Bréfritari: Sigríður Pálsdóttir
Viðtakandi: Páll Pálsson
Dagsetning: A-1840-02-25
Skrifað á: Reykholti  Borg.
Páll var bróðir Sigríðar

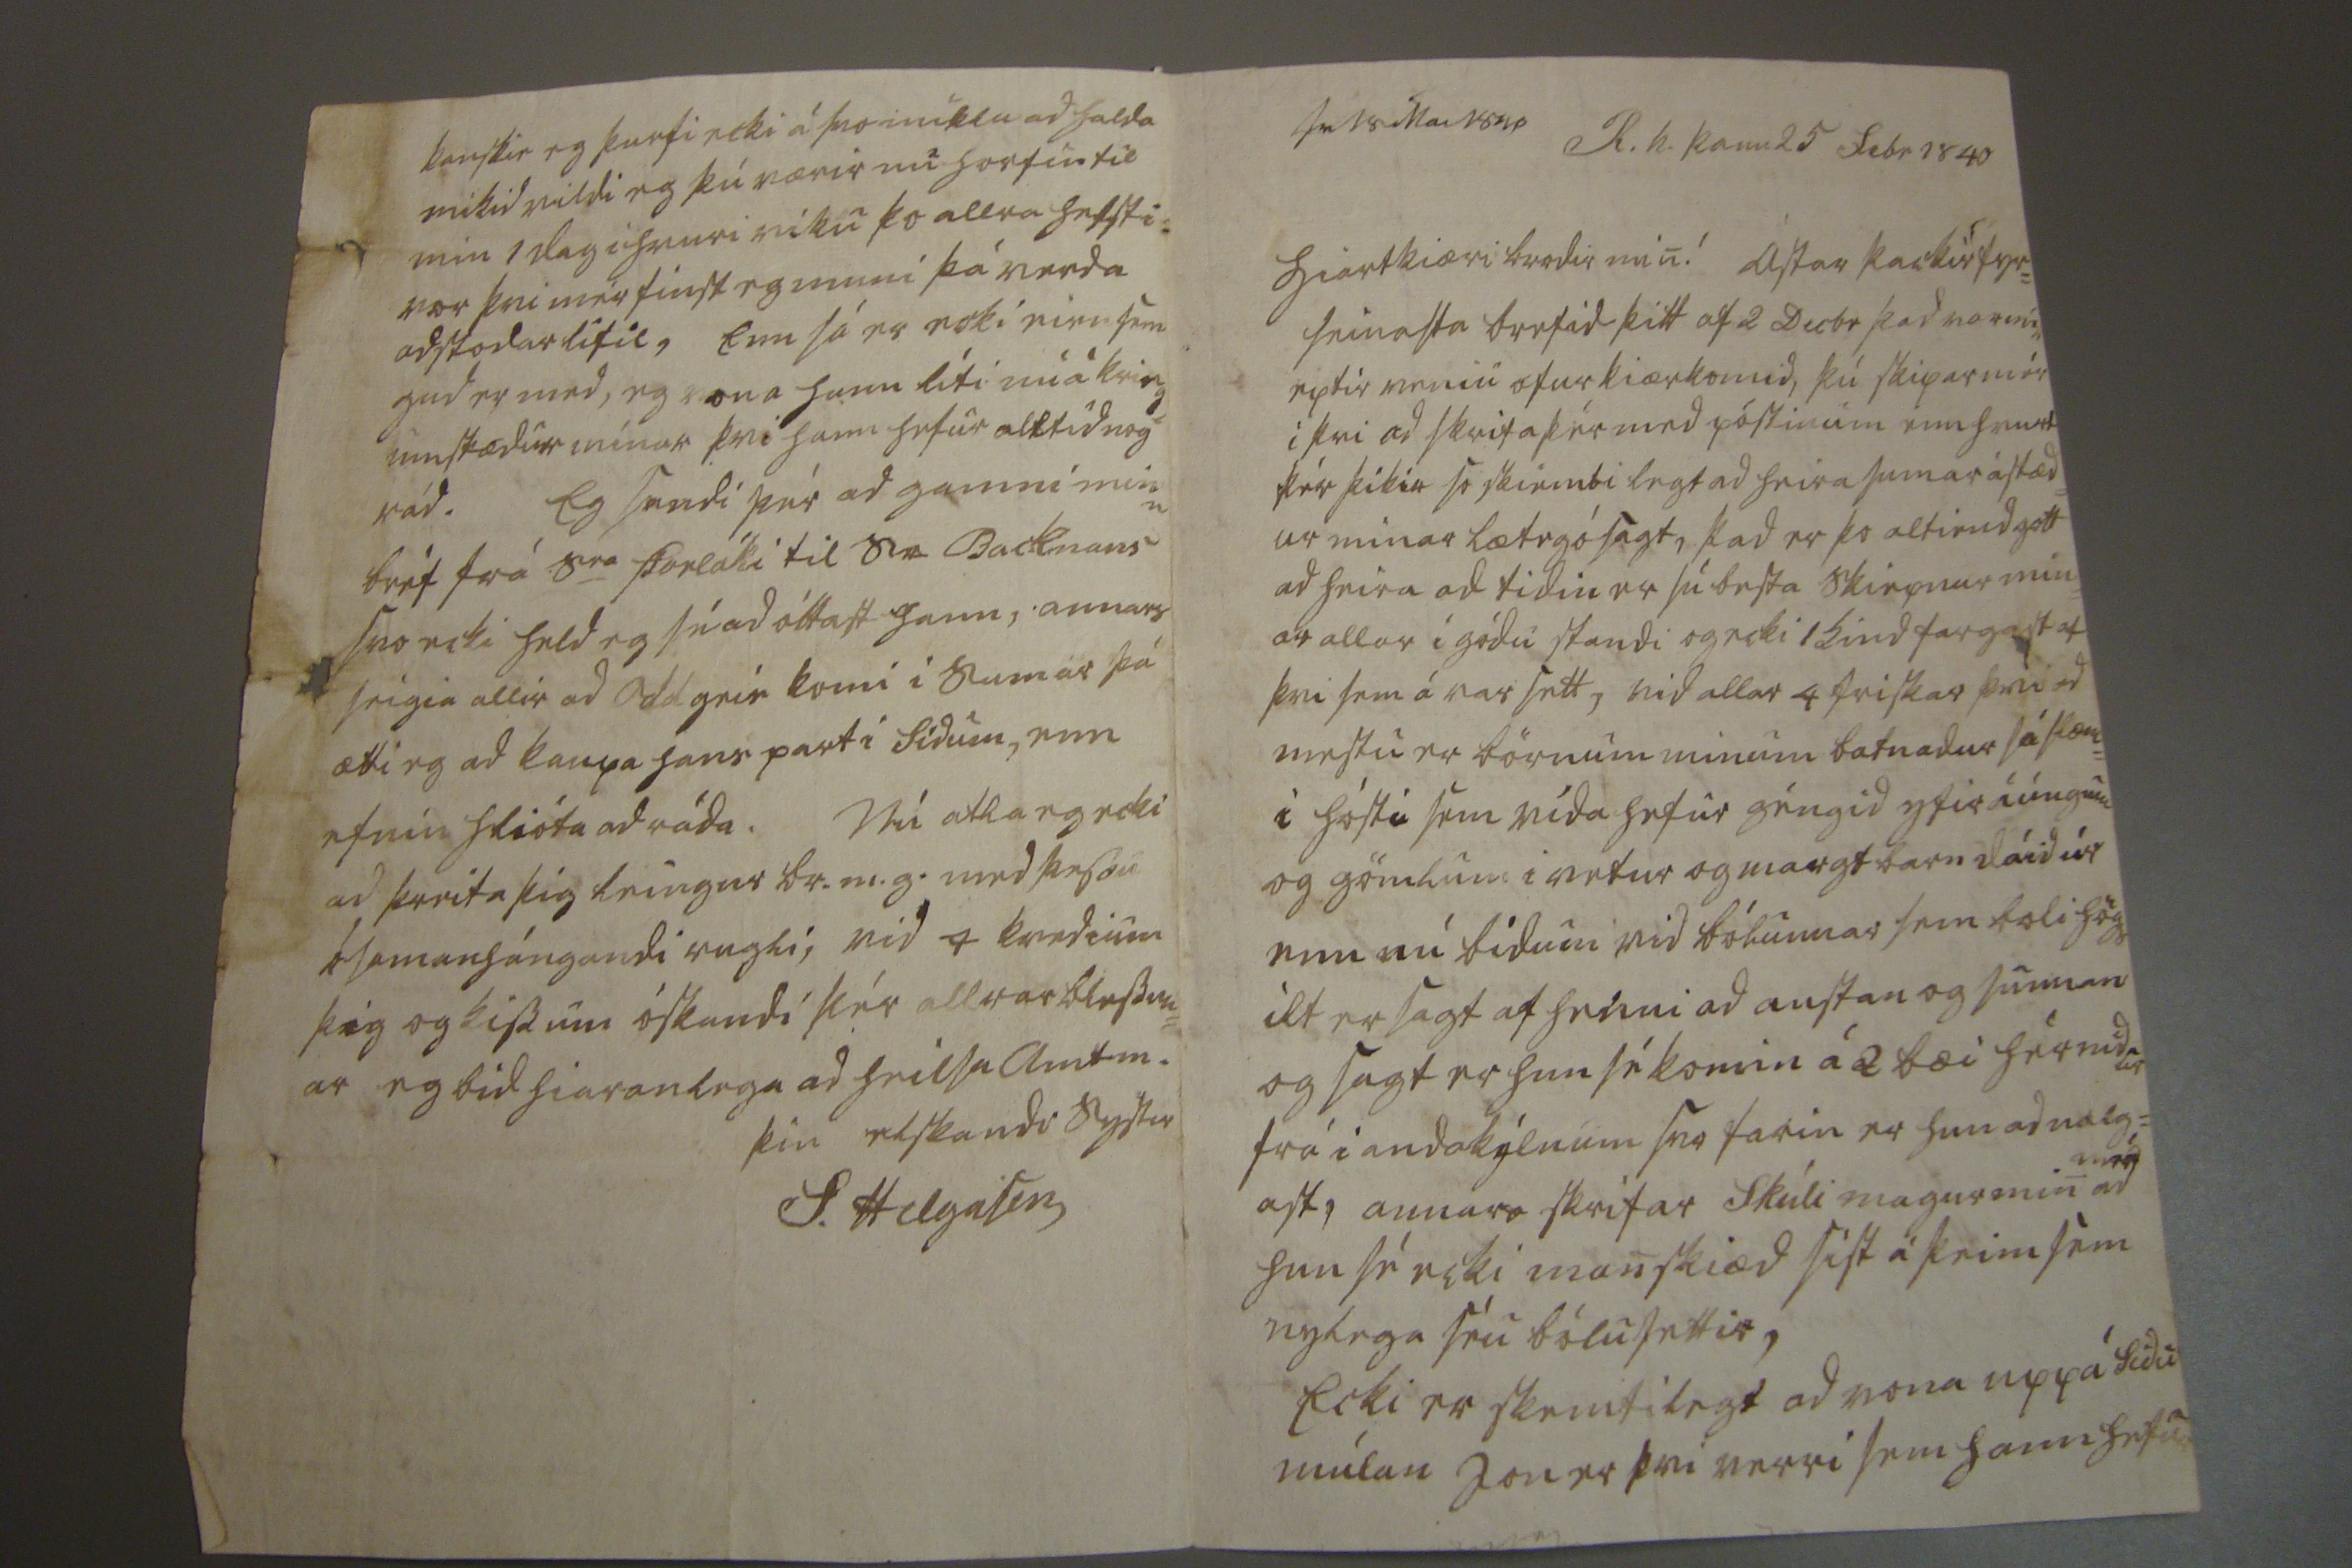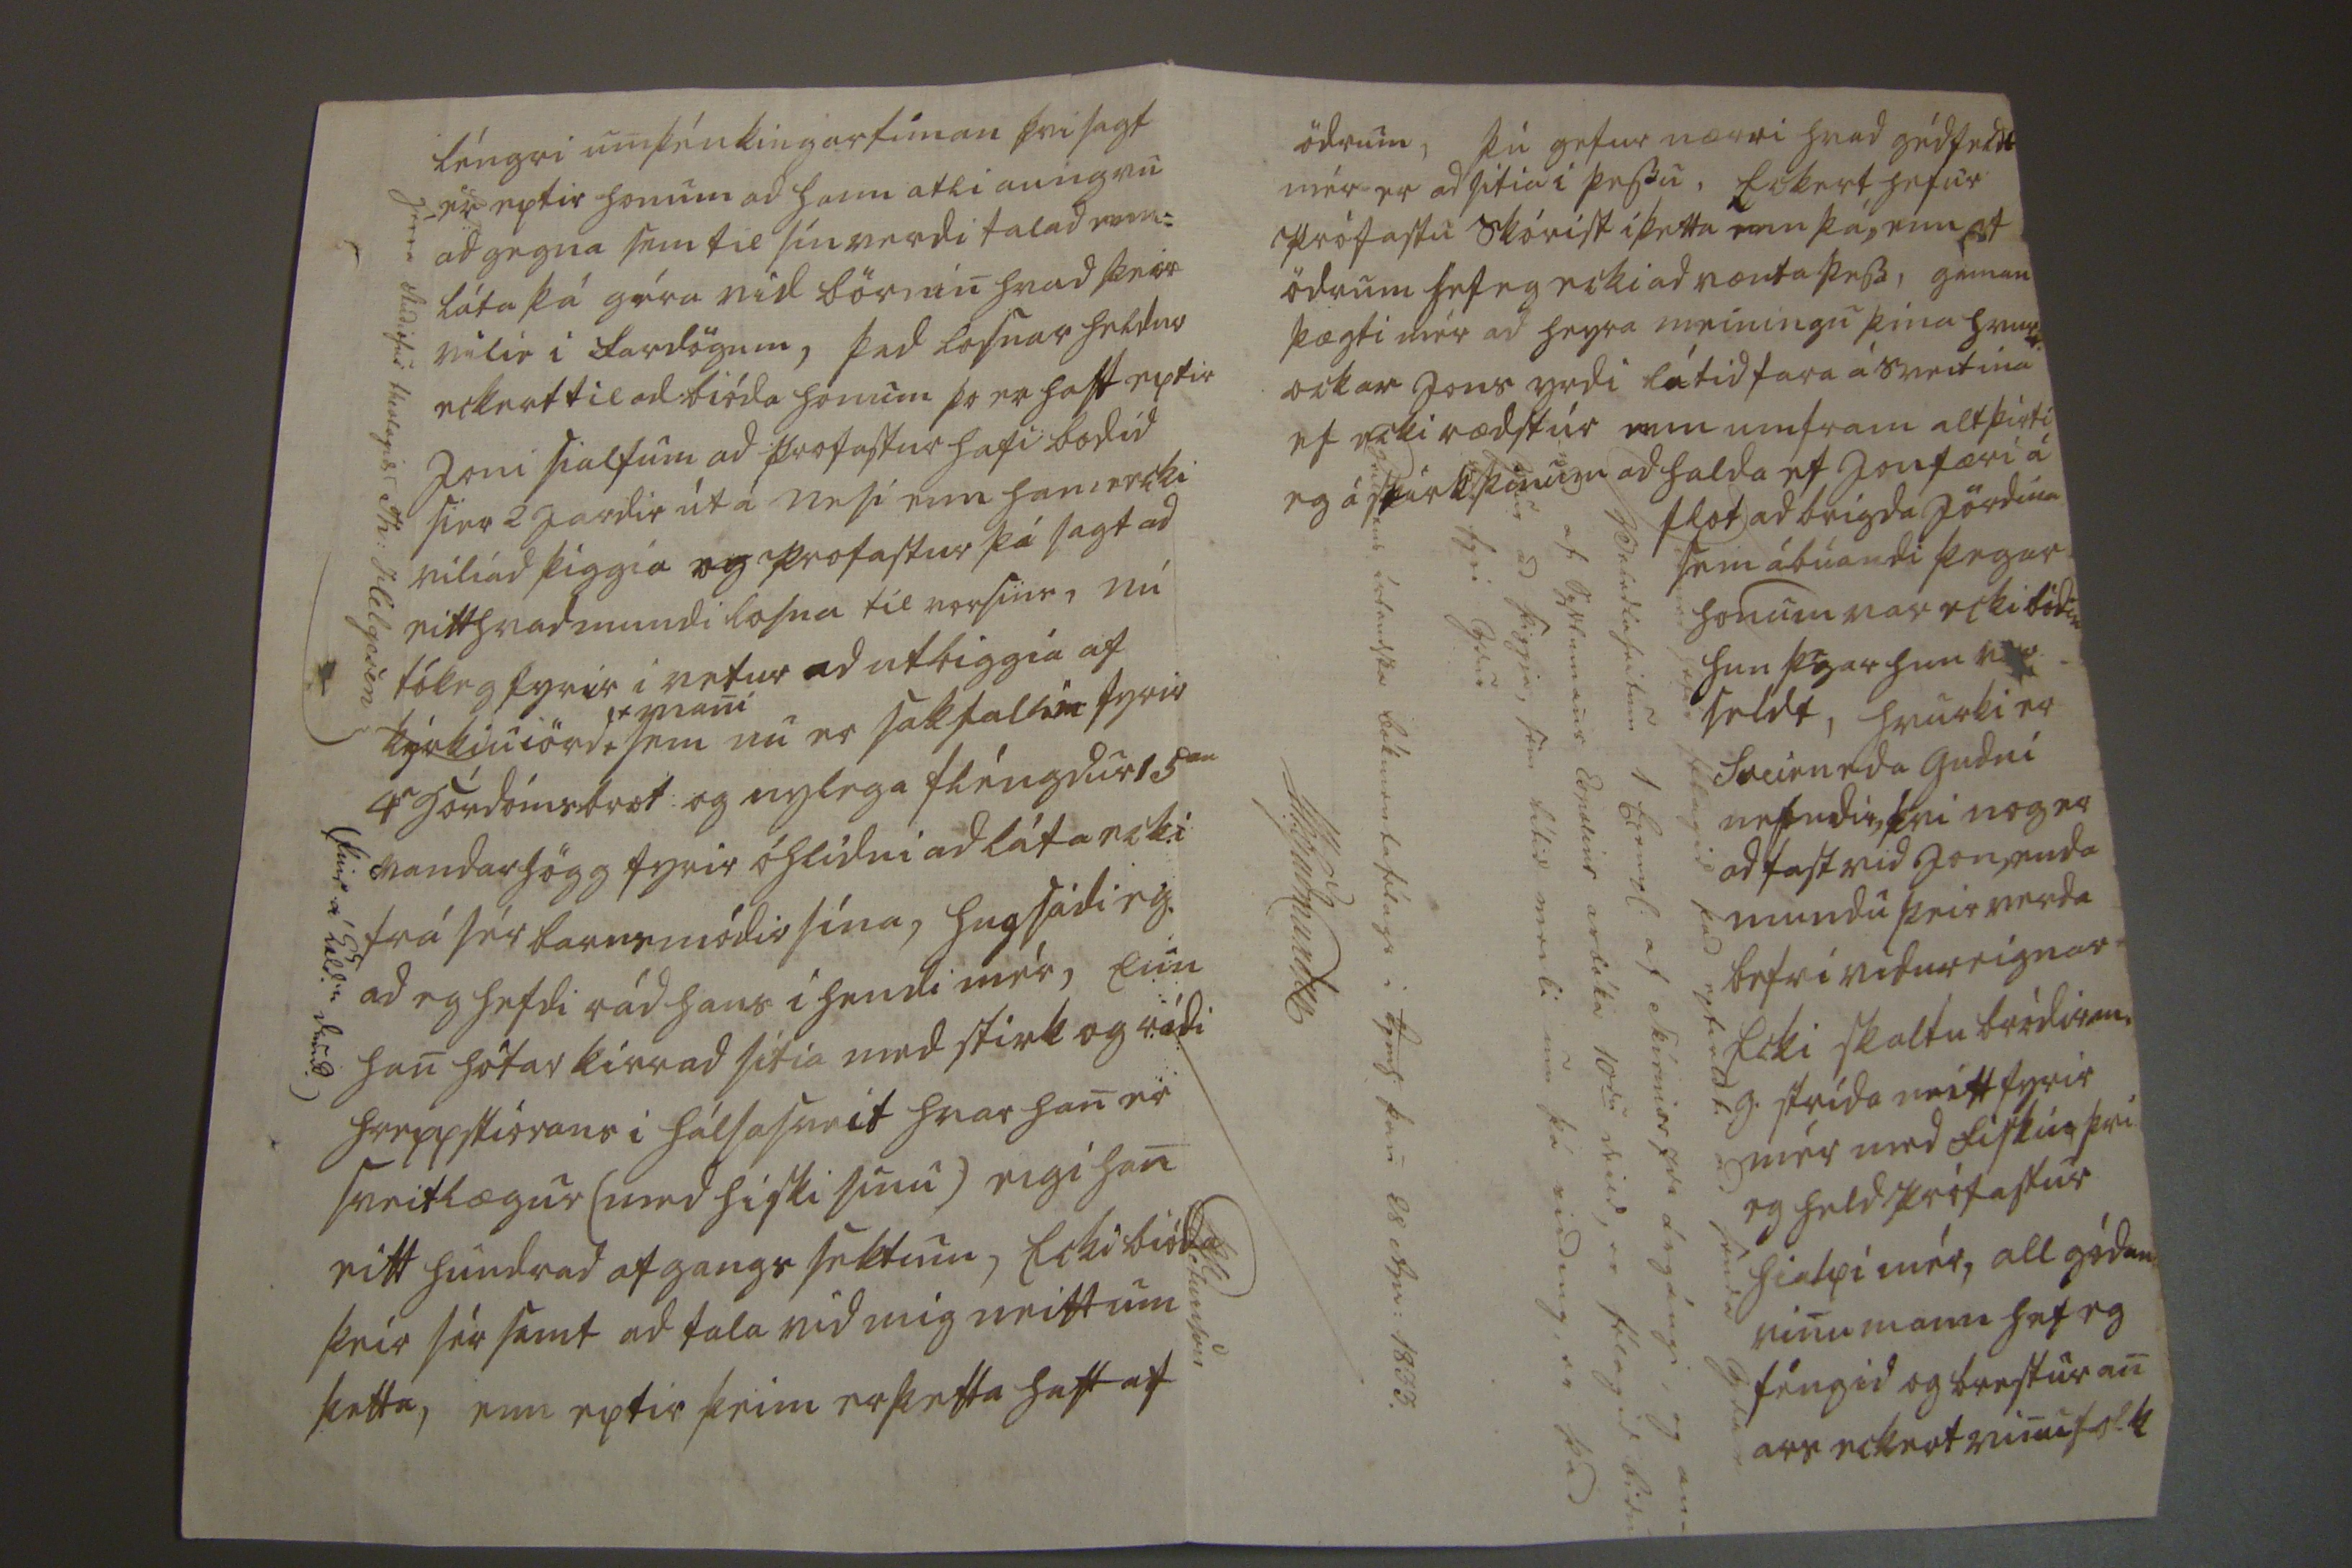

sv 18 Mar 1840
R.h. þann 25 febr 1840
hiartkiæri brodir min! ástar þackir fyr= seinasta brefid þitt af 2 Decbr þad var nú eptir veniu ofur kiærkomid, þú skipar mér i þvi ad skrifa þér med póstinum enn hvurt þér þikir so skiemtilegt ad heira sumar ástæd= ur minar læt eg ósagt, þad er þo altiend gott ad heira ad tidin er sú besta skiepnur min= ar allar i gódu standi og ecki 1 kind fargast af þvi sem á var sett, vid allar 4 friskar þvi ad mestu er börnum minum batnadur sá slæm= i hósti sem vída hefur géngid yfir í úngum og gömlum i vetur og margt barn dáid úr enn nú bidum vid
bókunnar sem boli högg
ilt er sagt af henni ad austan og sunnan og sagt er hun sé komin á 2 bæi hér nidur frá i anda
kýlnum
svo farin er hun ad mig= ast, annars skrifar Skúli magur min
mér
ad hun sé ecki manskiæd síst á þeim sem nylega séu bólusettir, Ecki er skemtilegt ad vona upp á Sídu múlan Jon er þvi verri sem hann hefur
herra Stúdiosus theologi
st
Th: Helgasen
(þvi á 0eld. daud.
léngri umþénkingartíman þvi sagt er eptir honum ad hann atli aungvu ad gégna sem til sín verdi talad enn= láta þá géra vid börnin hvad þeir
v0lir
i fardögum, þad losnar heldur eckert til ad bióda honum þo er haft eptir Joni sialfum ad profastur hafi bodid sier 2 jardir út á nesi enn hann
0ecki
viliad þiggia og profastur þá sagt ad eitthvad mundi losna til vorsins, nú tók eg fyrir i vetur ad utbiggia af kýrkiuiörd
mani
sem nu er sak
fallin
fyrir 4
r
górdómsbrot og nylega fléngdur 15
an
vandarhögg fyrir óhlídni ad láta ecki frá sér barnsmódir sína, hugsádi eg ad eg hefdi rád hans i hendi mér, Enn han hótar kirr ad sitia med stirk og rádi hreppstiórans i hálsasveit hvar han er sveitlægur (med hiski sínu) eigi han eitt hundrad afgangs sektum, Ecki bióda þeir sér samt ad tala vid mig neitt um þetta, enn eptir þeim er þetta haft af
0000ed
hefur félagid þad eptir
loki
ad senda
00000 0000dla heitum 1 00r00
af Skírnirs 7
da
árgángi af Syslumans
E00dlíur
arbóka 10
du
skuld, er félagid bidu ydur ad þiggia, sem lítid merki um þá
ridung
, er þad bar fyri ydur
Páll 000 árbandska bókmentafélags i 00mh. þan 28 Apr: 1833 Sh. Guðmundsen
ödrum, þú gefur nærri hvad gédfe
0dt
mér er ad sitia i þessu, Eckert hefur prófastu skórist í þetta enn þá, enn af ödrum hef eg ecki ad vænta þess, gaman þægti mér ad heyra meiningu þina hvurt ockar Jons yrdi látid fara á sveitina ef ecki rædstur enn umfram alt þirti eg á skúrk þinum ad halda ef Jon færi á flot ad
beigda
jördina sem ábúandi þegar honum var ecki bódin hun þegar hun
var
seldt, hvurki er Sveirn eda Gudni nefndir, þvi nog er ad fast vid Jon, enda mundu þeir verda betri vidureignar Ecki skaltu bródir mog strída neitt fyrir mér med fiskin þvi eg held prófastur hialpi mér, all gódan vinumann hef eg féngid og brestur an ars eckert vinufolk
kanskie eg þurfi ecki á svo miklu ad halda mikid vildi eg þú værir nu horfin til min 1 dag i hvuri viku þo allra helst i= vor þvi mér finst eg muni þá verda adstodarlitil, Enn sá er ecki einn sem gud er med, eg vona hann líti nú á kring= umstædur mínar þvi hann hefur alltíd nog rád. Eg sendi þér ad gamni mínu bréf frá S
ra
Þorláki til Sra Backmans svo ecki held eg sú ad óttast hann, annars seigia allir ad Oddgeir komi i sumar þá ætti eg ad kaupa hans part i Sídum? enn efnin hlióta ad ráda. Nú atla eg ecki ad þreita þig leingur br. m. g. med þessu ósamanhángandi rugli, vid 4 kvedium þig og kissum óskandi þér allrar blessun= ar eg bid hiaranlega ad heilsa amtm.
þin elskandi systir
S. Helgason